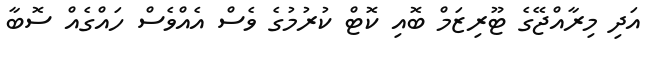
އަދި މިރާއްޖޭގެ ޓޫރިޒަމް ބޮއި ކޮޓް ކުރުމުގެ ވެސް އެއްވެސް ހައްގެއް ސޮބާ